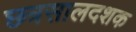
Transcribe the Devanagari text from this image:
छत्रसालदशक